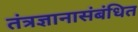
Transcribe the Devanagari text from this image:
तंत्रज्ञानासंबंधित